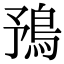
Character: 𩿎